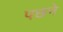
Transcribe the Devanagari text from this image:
पछने